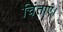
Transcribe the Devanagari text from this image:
चिंताएं।